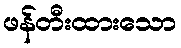
ဖန်တီးထားသော